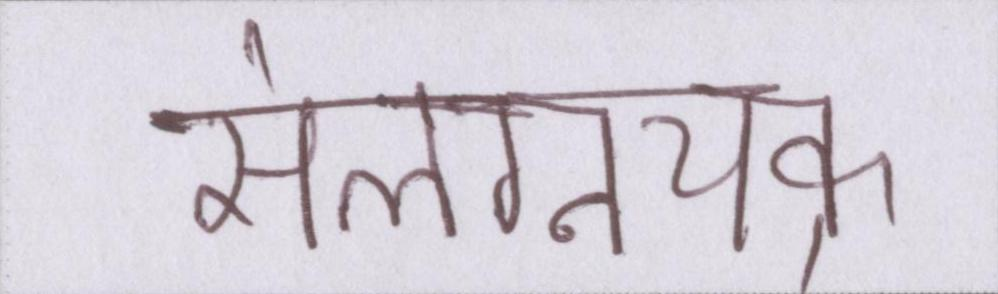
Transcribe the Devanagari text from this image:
संलग्नचक्र